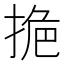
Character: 𭡔